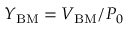
Y _ { \mathrm { B M } } = V _ { \mathrm { B M } } / P _ { 0 }